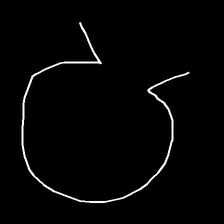
Glyph: weave